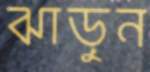
ঝাড়ুন